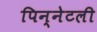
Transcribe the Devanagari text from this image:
पिन्नेटली